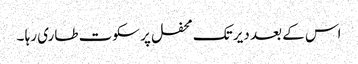
اس کے بعد دیر تک محفل پر سکوت طاری رہا ۔